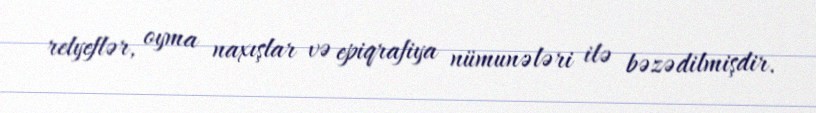
relyeflər, oyma naxışlar və epiqrafiya nümunələri ilə bəzədilmişdir.